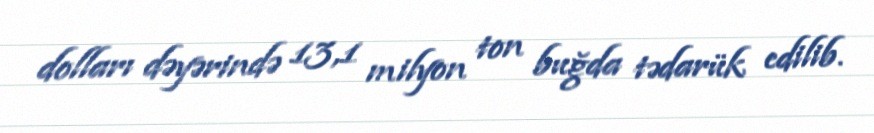
dolları dəyərində 13,1 milyon ton buğda tədarük edilib.